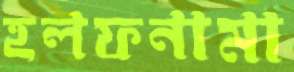
হলফনামা